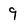
Character: 9